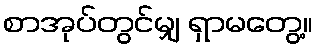
စာအုပ်တွင်မျှ ရှာမတွေ့။